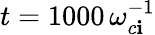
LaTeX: t=1000\, \omega_{c\mathbf{i}}^{-1}